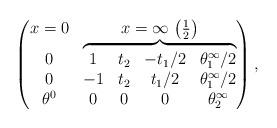
LaTeX: \begin{gather*}\left(\begin{matrix} x=0 & x=\infty \, \left( \frac12 \right) \\\begin{matrix} 0 \\ 0 \\ \theta^0 \end{matrix}&\overbrace{\begin{matrix} 1 & t_2 & -t_1/2 & \theta^\infty_1/2 \\ -1 & t_2 & t_1/2 & \theta^\infty_1/2 \\ 0 & 0 & 0 & \theta^\infty_2 \end{matrix}}\end{matrix}\right) ,\end{gather*}